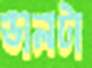
ডালটা